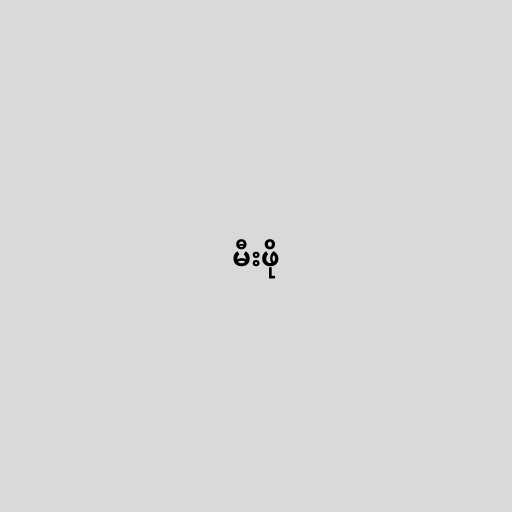
မီးဖို